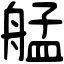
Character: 艋